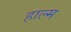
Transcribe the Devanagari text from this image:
हाल्म